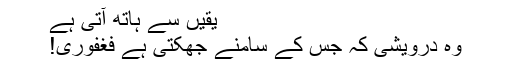
یقیں سے ہاتھ آتی ہے
وہ درویشی کہ جس کے سامنے جھکتی ہے فغفوری!